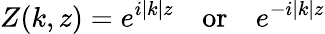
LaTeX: Z(k,z)=e^{i|k|z}\, \, \, \, \, \, \mathrm{or}\, \, \, \, \, \, e^{-i|k|z}